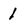
Character: 1